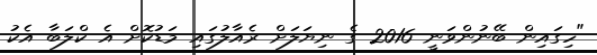
"ހިގައިން ބޭނުންވަނީ 2016 ގެ ނިޔަލަށް ރެއާލުގައި މަޑުކޮށް އެ ކްލަބާ އެކު